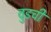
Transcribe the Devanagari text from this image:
वुडची